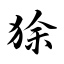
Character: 狳